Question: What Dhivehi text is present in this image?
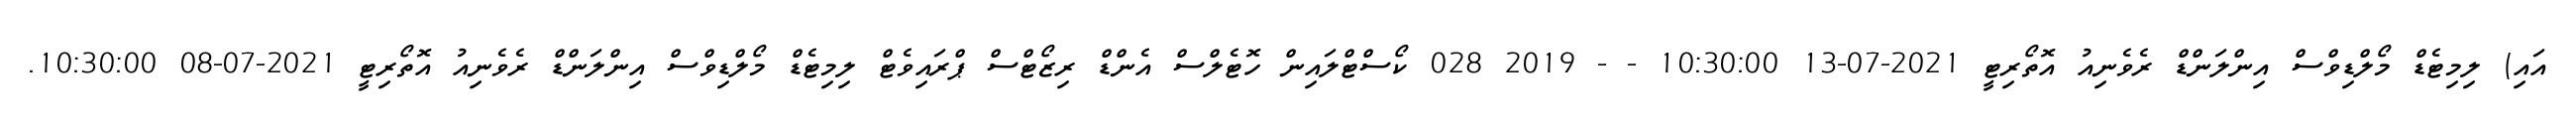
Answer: އައި) ލިމިޓެޑް މޯލްޑިވްސް އިންލަންޑް ރެވެނިއު އޮތޯރިޓީ 2021-07-13 10:30:00 - - 2019 028 ކޯސްޓްލައިން ހޮޓެލްސް އެންޑް ރިޒޯޓްސް ޕްރައިވެޓް ލިމިޓެޑް މޯލްޑިވްސް އިންލަންޑް ރެވެނިއު އޮތޯރިޓީ 2021-07-08 10:30:00.